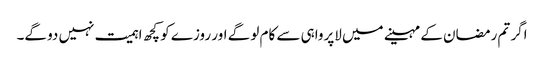
اگر تم رمضان کے مہینے میں لاپرواہی سے کام لو گے اور روزے کو کچھ اہمیت نہیں دو گے۔